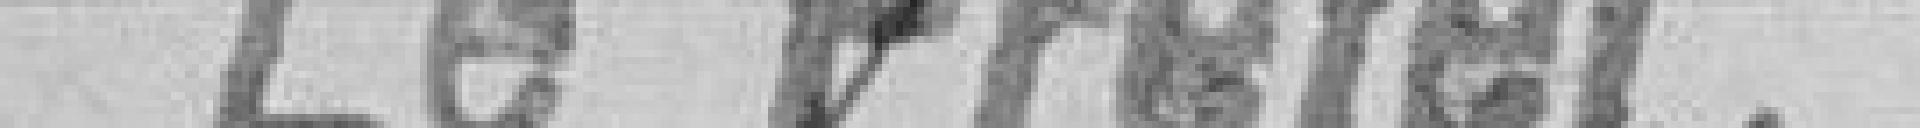
Le Préfet